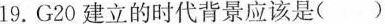
19.G20建立的时代背景应该是( )